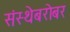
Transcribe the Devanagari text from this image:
संस्थेबरोबर